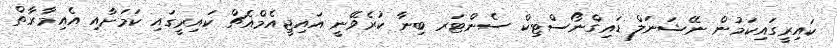
ކައިރީގައިކަމުން ނޭޝަނަލް ޑައިގްނޯސްޓިކް ސެންޓަރ ބިނާ ކުރެވޭނީ އައިޖީއެމްއެޗް ކައިރީގައި ކަމަށާއި އެއިމާރާތް